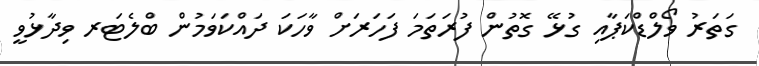
ގަތަރު ވޯލްޑްކަޕާއި ގުޅޭ ގޮތުން ފުރަތަމަ ފަހަރަށް ވާހަކަ ދައްކަވަމުން ބްލެޓަރ ވިދާޅުވީ